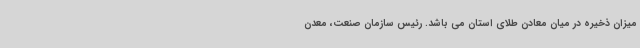
میزان ذخیره در میان معادن طلای استان می باشد. رئیس سازمان صنعت، معدن